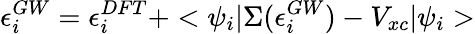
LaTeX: \epsilon_{i}^{GW}=\epsilon_{i}^{DFT}+<\psi_{i}|\Sigma(\epsilon_{i}^{GW})-V_{xc}|\psi_{i}>